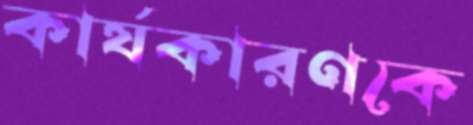
কার্যকারণকে